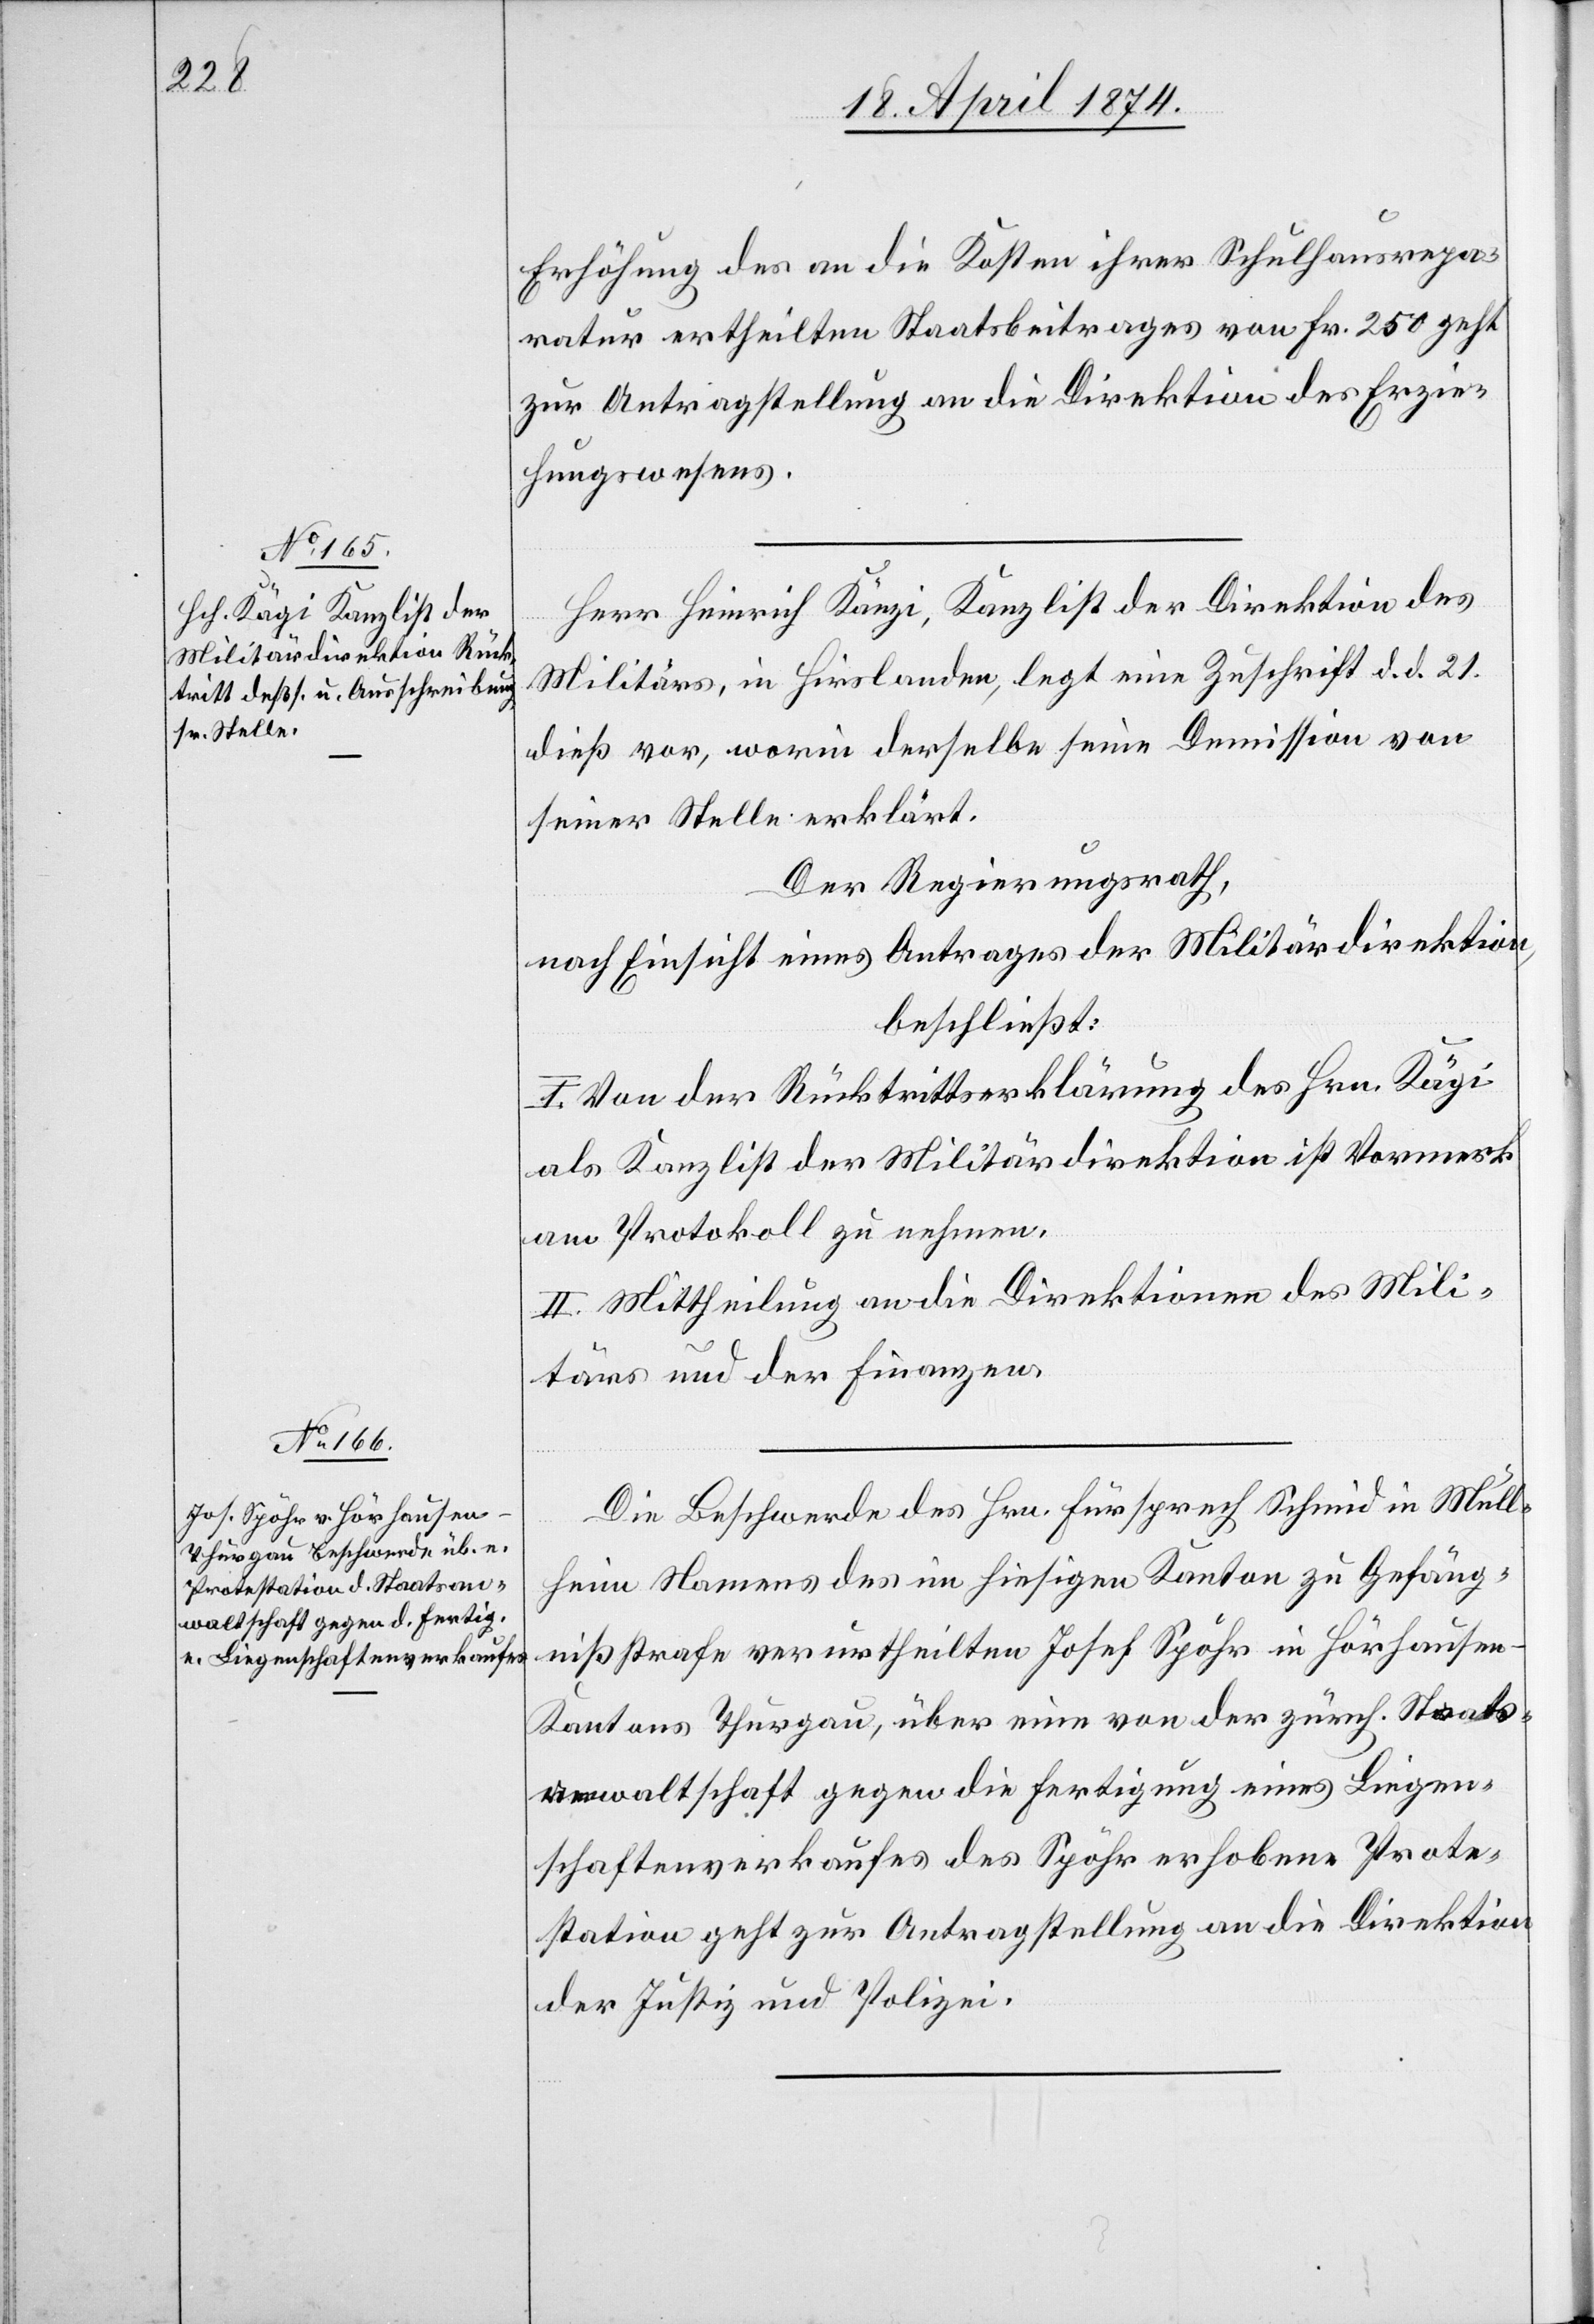
22. April 1874.]
Erhöhung des an die Kosten ihrer Schulhausrepa¬
ratur ertheilten Staatsbeitrages von Fr. 250 geht
zur Antragstellung an die Direktion des Erzie¬
hungswesens.
Herr Heinrich Kägi, Kanzlist der Direktion des
Militärs, in Hirslanden, legt eine Zuschrift d. d. 21.
dieß vor, worin derselbe seine Demission von
seiner Stelle erklärt.
Der Regierungsrath,
nach Einsicht eines Antrages der Militärdirektion,
beschließt:
I. Von der Rücktrittserklärung des Hrn. Kägi
als Kanzlist der Militärdirektion ist Vormerk
am Protokoll zu nehmen.
II. Mittheilung an die Direktionen des Mili¬
tärs und der Finanzen.
Die Beschwerde des Hrn. Fürsprech Schmid in Müll¬
heim Namens des im hiesigen Kanton zu Gefäng¬
nißstrafe verurtheilten Josef Spöhr in Hörhausen
Kantons Thurgau, über eine von der zürch. Staats¬
anwaltschaft gegen die Fertigung eines Liegen¬
schaftenverkaufes des Spöhr erhobene Prote¬
station geht zur Antragstellung an die Direktion
der Justiz und Polizei.